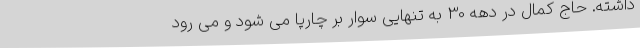
داشته. حاج کمال در دهه 30 به تنهایی سوار بر چارپا می شود و می رود